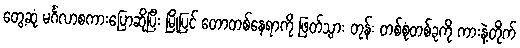
တွေ့ဆုံ မင်္ဂလာစကားပြောဆိုပြီး မြို့ပြင် တောတစ်နေရာကို ဖြတ်သွား တုန်း တစ်စုံတစ်ခုကို ကားနဲ့တိုက်